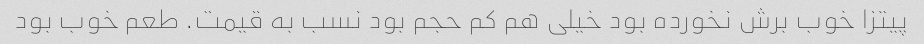
پیتزا خوب برش نخورده بود خیلی هم کم حجم بود نسب به قیمت. طعم خوب بود